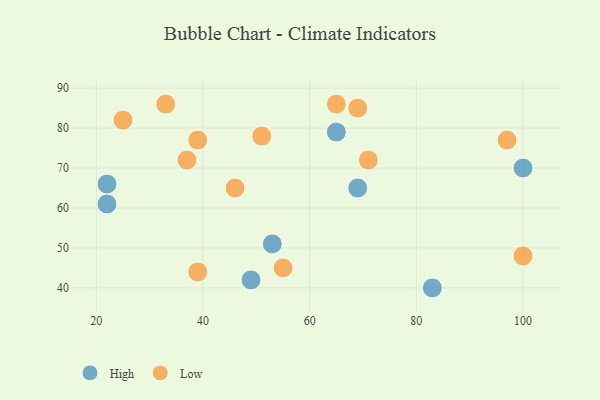
{"axis": {"x": "GDP", "y": "Life Expectancy"}, "legend": ["High", "Low"], "data": [{"x": "22", "y": 61, "type": "High"}, {"x": "49", "y": 42, "type": "High"}, {"x": "65", "y": 79, "type": "High"}, {"x": "53", "y": 51, "type": "High"}, {"x": "100", "y": 70, "type": "High"}, {"x": "83", "y": 40, "type": "High"}, {"x": "22", "y": 66, "type": "High"}, {"x": "69", "y": 65, "type": "High"}, {"x": "97", "y": 77, "type": "Low"}, {"x": "37", "y": 72, "type": "Low"}, {"x": "100", "y": 48, "type": "Low"}, {"x": "39", "y": 77, "type": "Low"}, {"x": "46", "y": 65, "type": "Low"}, {"x": "69", "y": 85, "type": "Low"}, {"x": "55", "y": 45, "type": "Low"}, {"x": "33", "y": 86, "type": "Low"}, {"x": "71", "y": 72, "type": "Low"}, {"x": "51", "y": 78, "type": "Low"}, {"x": "65", "y": 86, "type": "Low"}, {"x": "39", "y": 44, "type": "Low"}, {"x": "25", "y": 82, "type": "Low"}]}